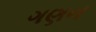
ગણન